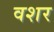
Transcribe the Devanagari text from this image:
वशर